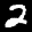
Label: 2